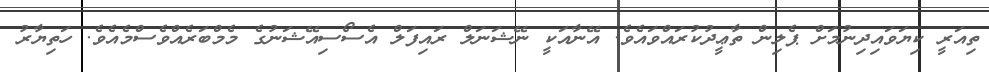
ތިއަރީ ކިޔަވައިދިނުމަށް ޕެލިން ތާޢީދުކުރައްވައެވެ. އޭނާއަކީ ނޭޝަނަލް ރައިފަލް އެސޯސިއޭޝަނުގެ މެމްބަރެއްވެސްމެއެވެ. ހަތިޔާރު